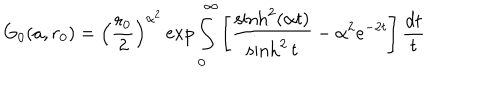
G _ { 0 } ( a , r _ { 0 } ) = \left( \frac { r _ { 0 } } 2 \right) ^ { \alpha ^ { 2 } } \exp \int _ { 0 } ^ { \infty } \left[ \frac { \sinh ^ { 2 } ( \alpha t ) } { \sinh ^ { 2 } t } - \alpha ^ { 2 } e ^ { - 2 t } \right] \frac { d t } t